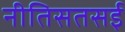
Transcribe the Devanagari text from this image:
नीतिसतसई